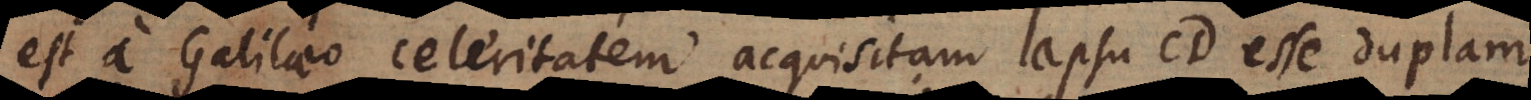
est a Galilaeo, celeritatem acquisitam lapsu CD, esse duplum